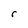
Character: r